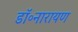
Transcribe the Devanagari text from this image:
डॉ॰नारायण